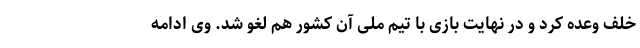
خلف وعده کرد و در نهایت بازی با تیم ملی آن کشور هم لغو شد. وی ادامه